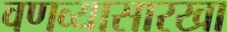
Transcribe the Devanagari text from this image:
वणव्यासारखा